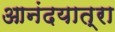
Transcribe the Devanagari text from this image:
आनंदयात्रा